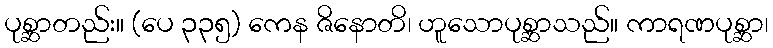
ပုစ္ဆာတည်း။ (ပေ ၃၃၅) ကေန ဇိနောတိ၊ ဟူသောပုစ္ဆာသည်။ ကာရဏပုစ္ဆာ၊